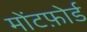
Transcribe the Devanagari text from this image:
मोंटफ़ोर्ड